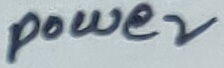
Text: power